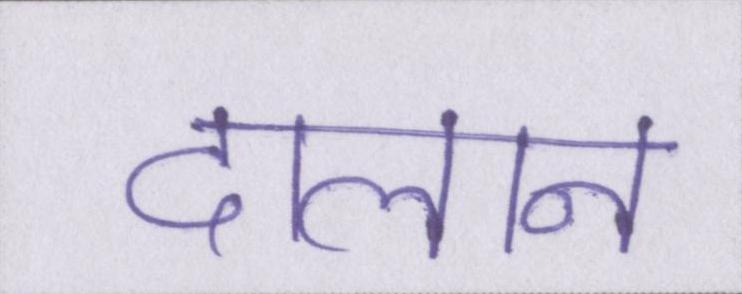
दालान